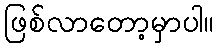
ဖြစ်လာတော့မှာပါ။